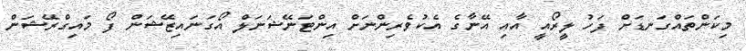
މިކަންތައްގަނޑަށް ފަހު ލީރޯއީ އާއި އޭނާގެ އެކުވެރިންނަށް އިންޓަނޭޝަނަލް އޯގަނައިޒޭޝަން ފޯ މައިގްރޭޝަން